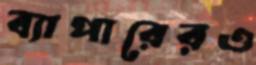
ব্যাপারেরও